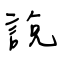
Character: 說